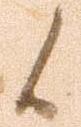
候